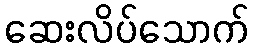
ဆေးလိပ်သောက်